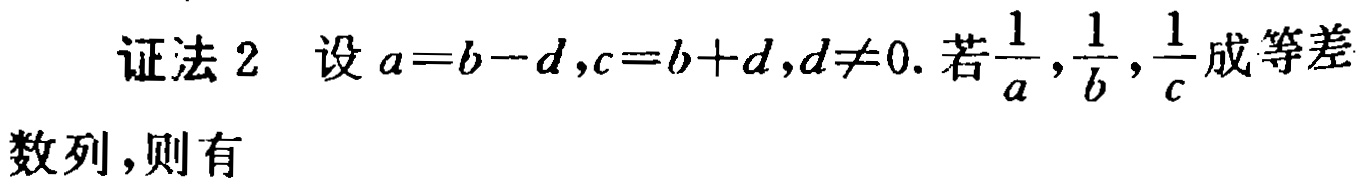
证法 2 设 \(a = b - d,c = b + d,d\neq0\). 若\(\frac{1}{a},\frac{1}{b},\frac{1}{c}\)成等差数列,则有